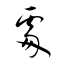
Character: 處